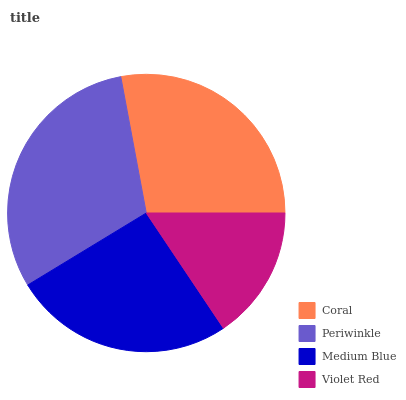
| Coral | Periwinkle | Medium Blue | Violet Red |
 | --- | --- | --- | --- |
 | 28% | 30.7% | 25.6% | 15.6% |